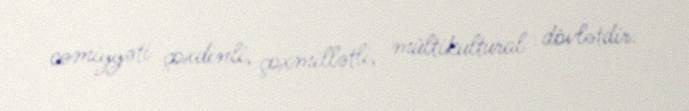
cəmiyyəti çoxdinli, çoxmillətli, mültikultural dövlətdir.